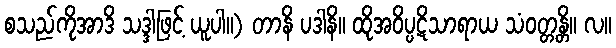
စသည်ကိုအာဒိ သဒ္ဒါဖြင့် ယူပါ။) တာနိ ပဒါနိ။ ထိုအဝိပ္ပဋိသာရာယ သံဝတ္တန္တိ။ လ။